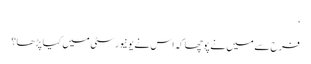
‘
فرح سے میں نے پوچھا کہ اس نے یونیورسٹی میں کیا پڑھا؟